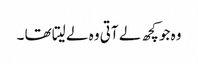
وہ جو کچھ لے آتی وہ لے لیتا تھا ۔